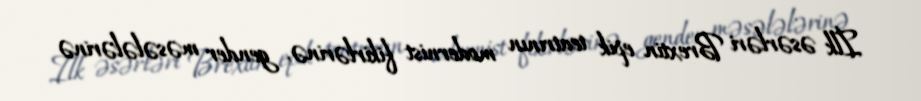
İlk əsərləri Brextin epik teatrının modernist fikirlərinə, gender məsələlərinə